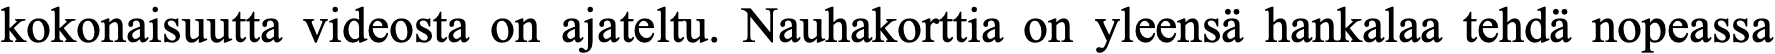
kokonaisuutta videosta on ajateltu. Nauhakorttia on yleensä hankalaa tehdä nopeassa